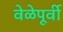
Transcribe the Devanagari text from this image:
वेळेपूर्वी